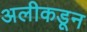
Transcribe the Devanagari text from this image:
अलीकडून